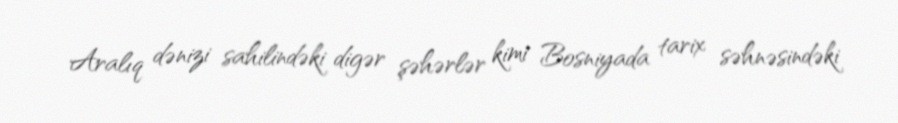
Aralıq dənizi sahilindəki digər şəhərlər kimi Bosniyada tarix səhnəsindəki